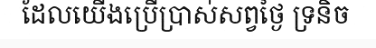
ដែលយើងប្រើប្រាស់សព្វថ្ងៃ ទ្រនិច